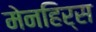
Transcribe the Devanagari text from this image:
मेनहिर्स